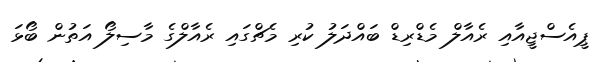
ޕީއެސްޖީއާއި ރެއާލް މެޑްރިޑް ބައްދަލު ކުރި މެޗްގައި ރެއާލްގެ މާސިލޯ އަތުން ބޯޅަ